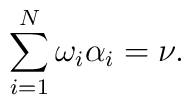
\sum_{i=1}^N \omega_i\alpha_i = \nu.